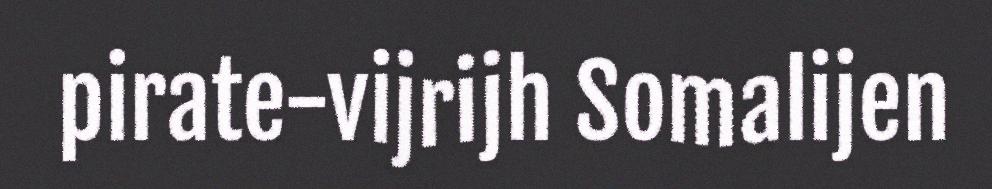
pirate-vijrijh Somalijen